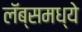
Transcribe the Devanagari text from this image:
लॅब्समध्ये